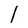
Character: 1